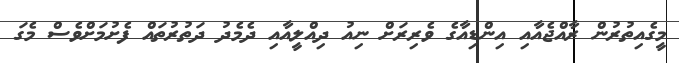
މީގެއިތުރުން ރާއްޖެއާއި އިންޑިއާގެ ވެރިރަށް ނިއު ދިއްލީއާއި ދެމެދު ދަތުރުތައް ފެށުމަށްވެސް މެގަ